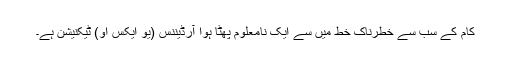
کام کے سب سے خطرناک خط میں سے ایک نامعلوم پھٹا ہوا آرڈیننس (یو ایکس او) ٹیکنیشن ہے۔